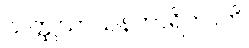
သတ္ထုသာသနကာရိကာတိ